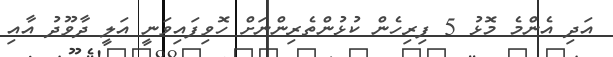
އަދި އެންމެ މޮޅު 5 ފިރިހެން ކުޅުންތެރިންނަށް ހޮވިފައިވަނީ އަލީ ދާވޫދު އާއި